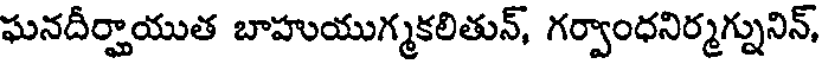
ఘనదీర్హాయుత బాహుయుగ్మకలితున్, గర్వాంధనిర్మగ్నునిన్,